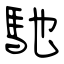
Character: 馳